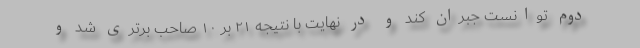
دوم توانست جبران کند و در نهایت با نتیجه ۲۱ بر ۱۰ صاحب برتری شد و